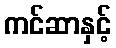
ကင်ဆာနှင့်